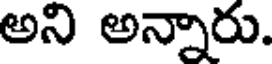
అని అన్నారు.